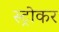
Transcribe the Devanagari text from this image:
स्ट्रोकर